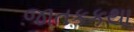
જાતકકથા